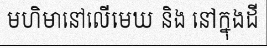
មហិមានៅលើមេឃ និង នៅក្នុងដី